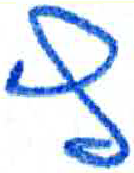
אות: ץ